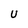
Character: U